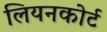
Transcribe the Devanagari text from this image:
लियनकोर्ट